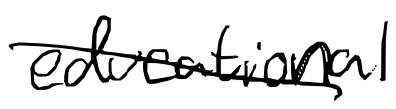
Text: educational
Cross-out: diagonal
Writing tool: digital_black